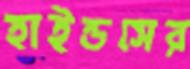
হাইন্ডসের